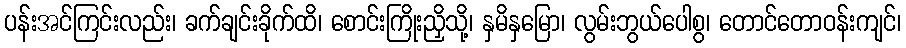
ပန်းအင်ကြင်းလည်း၊ ခက်ချင်းခိုက်ထိ၊ စောင်းကြိုးညှိသို့၊ နှမိနှမြော၊ လွမ်းဘွယ်ပေါစွ၊ တောင်တောဝန်းကျင်၊